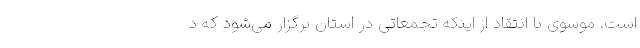
است. موسوی با انتقاد از اینکه تجمعاتی در استان برگزار می‌شود که د